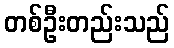
တစ်ဦးတည်းသည်